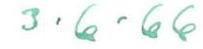
3.6.66